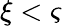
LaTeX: \xi<\varsigma